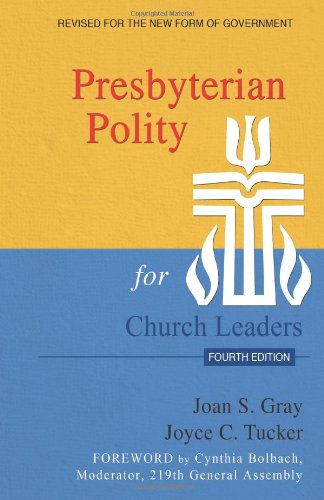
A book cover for Presbyterian Polity for Church Leaders, Fourth Edition; Joan S. Gray; Christian Books & Bibles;